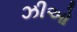
ઝીઓ